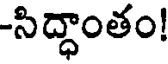
-సిద్ధాంతం!